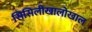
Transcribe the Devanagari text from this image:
सिसिलीखालोखाल